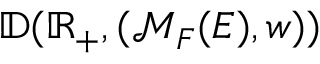
\mathbb { D } ( \mathbb { R } _ { + } , ( \mathcal { M } _ { F } ( E ) , w ) )